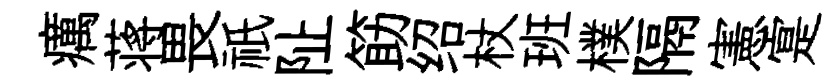
癘蒋畏祇阯筯绍杖班樸隔憲寔